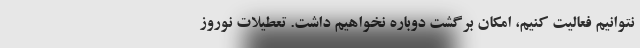
نتوانیم فعالیت کنیم، امکان برگشت دوباره نخواهیم داشت. تعطیلات نوروز